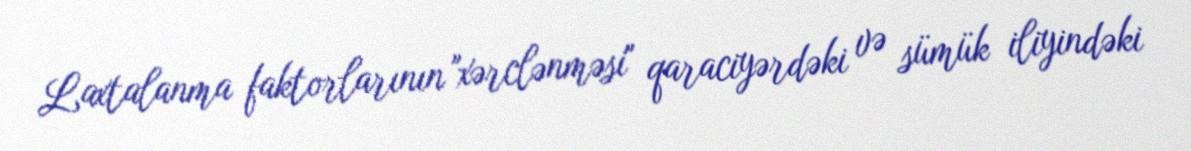
Laxtalanma faktorlarının "xərclənməsi" qaraciyərdəki və sümük iliyindəki